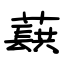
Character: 蕻